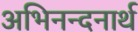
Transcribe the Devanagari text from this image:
अभिनन्दनार्थ